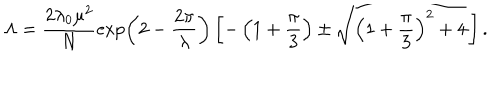
\Lambda = \frac { 2 \lambda _ { 0 } \mu ^ { 2 } } { N } \exp \left( 2 - \frac { 2 \pi } { \lambda } \right) \left[ - \left( 1 + \frac { \pi } { 3 } \right) \pm \sqrt { \left( 1 + \frac { \pi } { 3 } \right) ^ { 2 } + 4 } \, \right] .